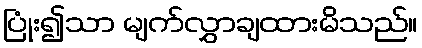
ပြုံး၍သာ မျက်လွှာချထားမိသည်။